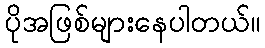
ပိုအဖြစ်များနေပါတယ်။